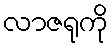
လာဇရုကို